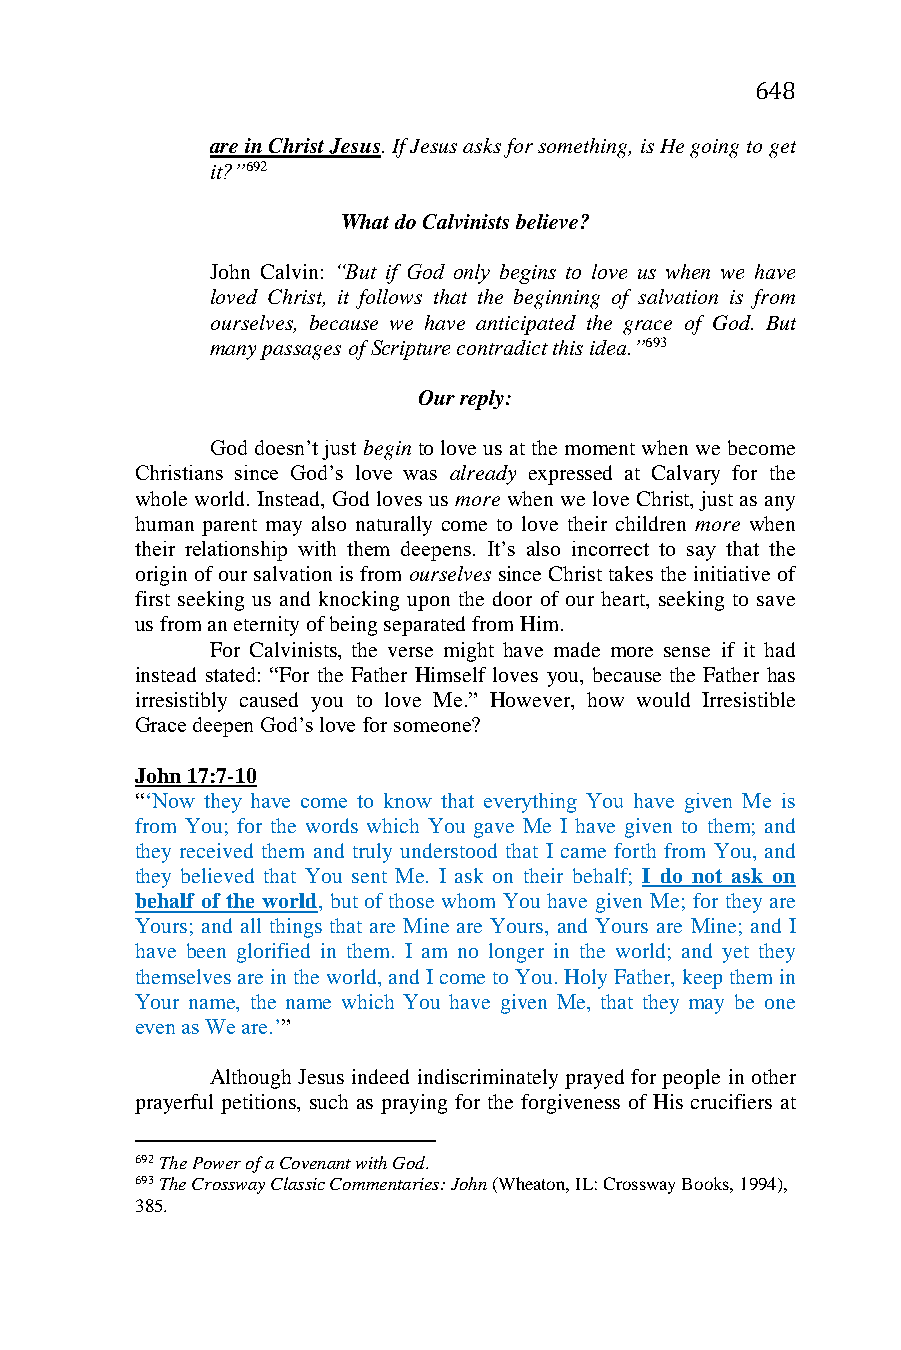
648
 are in Christ Jesus. If Jesus asks for something, is He going to get
 it?”692
 What do Calvinists believe?
 John Calvin: “But if God only begins to love us when we have
 loved Christ, it follows that the beginning of salvation is from
 ourselves, because we have anticipated the grace of God. But
 many passages of Scripture contradict this idea.”693
 Our reply:
 God doesn’t just begin to love us at the moment when we become
 Christians since God’s love was already expressed at Calvary for the
 whole world. Instead, God loves us more when we love Christ, just as any
 human parent may also naturally come to love their children more when
 their relationship with them deepens. It’s also incorrect to say that the
 origin of our salvation is from ourselves since Christ takes the initiative of
 first seeking us and knocking upon the door of our heart, seeking to save
 us from an eternity of being separated from Him.
 For Calvinists, the verse might have made more sense if it had
 instead stated: “For the Father Himself loves you, because the Father has
 irresistibly caused you to love Me.” However, how would Irresistible
 Grace deepen God’s love for someone?
 John 17:7-10
 “‘Now they have come to know that everything You have given Me is
 from You; for the words which You gave Me I have given to them; and
 they received them and truly understood that I came forth from You, and
 they believed that You sent Me. I ask on their behalf; I do not ask on
 behalf of the world, but of those whom You have given Me; for they are
 Yours; and all things that are Mine are Yours, and Yours are Mine; and I
 have been glorified in them. I am no longer in the world; and yet they
 themselves are in the world, and I come to You. Holy Father, keep them in
 Your name, the name which You have given Me, that they may be one
 even as We are.’”
 Although Jesus indeed indiscriminately prayed for people in other
 prayerful petitions, such as praying for the forgiveness of His crucifiers at
 692 The Power of a Covenant with God.
 693 The Crossway Classic Commentaries: John (Wheaton, IL: Crossway Books, 1994),
 385.